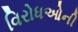
વિરોધઓની